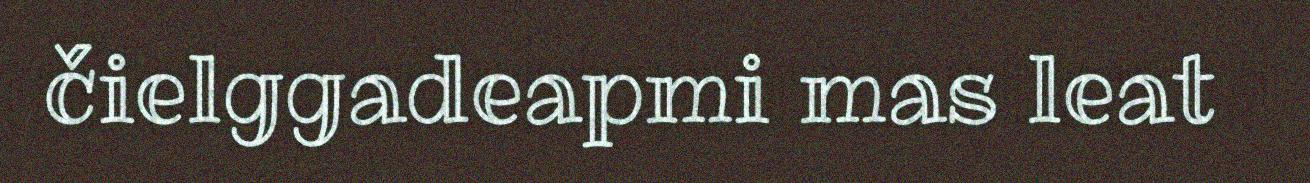
čielggadeapmi mas leat